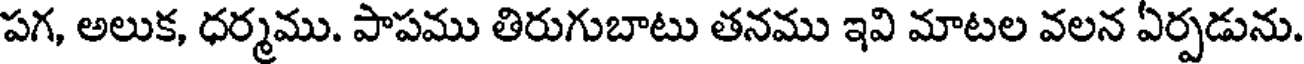
పగ, అలుక, ధర్మము. పాపము తిరుగుబాటు తనము ఇవి మాటల వలన ఏర్పడును.